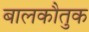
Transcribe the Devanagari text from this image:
बालकौतुक